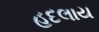
હદલાય